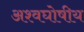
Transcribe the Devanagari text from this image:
अश्वघोषीय